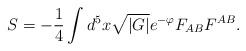
LaTeX: \begin{align*}S = -\frac{1}{4} \int d^{5} x \sqrt{|G|} e^{- \varphi} F_{A B} F^{ A B}.\end{align*}